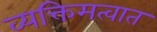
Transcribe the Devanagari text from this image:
व्यक्तिमत्वात